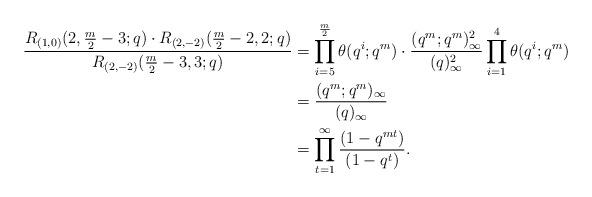
LaTeX: \begin{align*}\frac{R_{(1,0)}(2, \frac{m}{2}-3;q)\cdot R_{(2,-2)}(\frac{m}{2}-2,2;q)}{R_{(2,-2)}(\frac{m}{2}-3,3;q)} &= \prod_{i=5}^{\frac{m}{2}}\theta(q^i;q^m)\cdot \frac{(q^m;q^m)^2_\infty}{(q)^2_\infty}\prod_{i=1}^4 \theta(q^i;q^m)\\&= \frac{(q^m;q^m)_\infty}{(q)_\infty}\\&= \prod_{t=1}^\infty \frac{(1-q^{mt})}{(1-q^t)}.\end{align*}